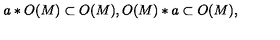
a * O ( M ) \subset O ( M ) , O ( M ) * a \subset O ( M ) ,